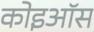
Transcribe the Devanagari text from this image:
कोइऑस